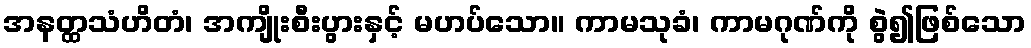
အနတ္ထသံဟိတံ၊ အကျိုးစီးပွားနှင့် မဟပ်သော။ ကာမသုခံ၊ ကာမဂုဏ်ကို စွဲ၍ဖြစ်သော